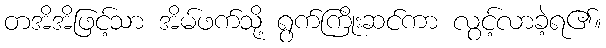
တအိအိဖြင့်သာ အိမ်ဖက်သို့ ရွက်ကြိုးဆင်ကာ လွင့်လာခဲ့ရ၏။